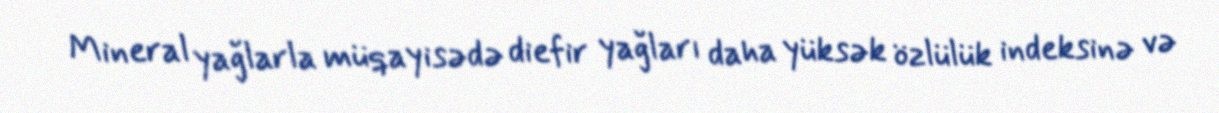
Mineral yağlarla müqayisədə diefir yağları daha yüksək özlülük indeksinə və